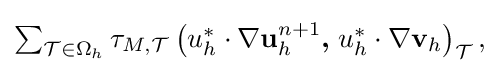
{\textstyle \sum _{{\mathcal {T}}\in \Omega _{h}}\tau _{M,{\mathcal {T}}}\left(u_{h}^{*}\cdot \nabla \mathbf {u} _{h}^{n+1}{\boldsymbol {,}}\;u_{h}^{*}\cdot \nabla \mathbf {v} _{h}\right)_{\mathcal {T}},}